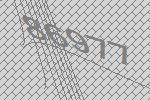
86977